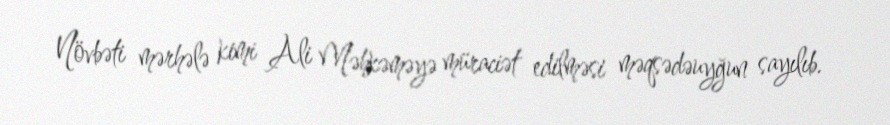
Növbəti mərhələ kimi Ali Məhkəməyə müraciət edilməsi məqsədəuyğun sayılıb.